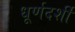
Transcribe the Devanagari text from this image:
धूर्णदर्शी